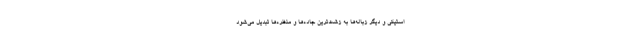
استیکی و دیگر زباله‌ها به زشت‌ترین جاده‌ها و منظره‌ها تبدیل می‌شود